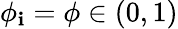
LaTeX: \phi_{\mathbf{i}}=\phi\in(0,1)